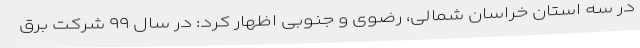
در سه استان خراسان شمالی، رضوی و جنوبی اظهار کرد: در سال ۹۹ شرکت برق